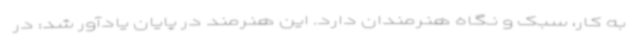
به کار، سبک و نگاه هنرمندان دارد. این هنرمند در پایان یادآور شد: در